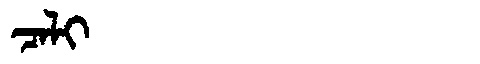
Manchu: ᠴᠠᠯᡳ
Romanization: CALI